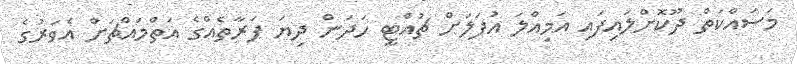
މަސައްކަތް ދޫކޮށްލައިފައި އަމިއްލަ އުފަލަށް ޗުއްޓީ ހަދަން ދިޔަ ފަރާތެއްގެ އަތްމައްޗަށް އެވަރުގެ